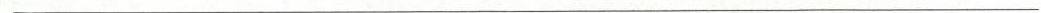
___